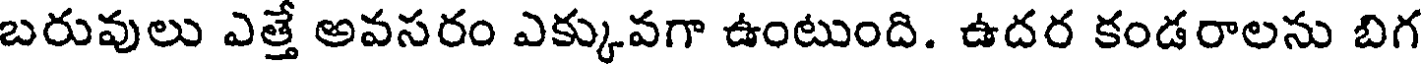
బరువులు ఎత్తే అవసరం ఎక్కువగా ఉంటుంది. ఉదర కండరాలను బిగ